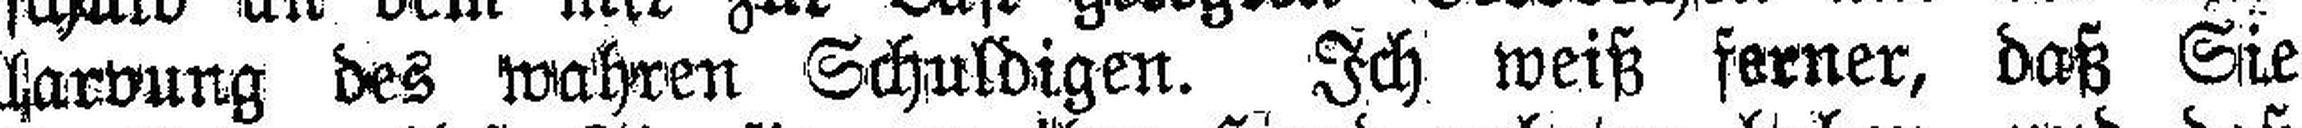
larvung des wahren Schuldigen. Ich weiß ferner, daß Sie